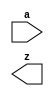
////////////////////////////////////////////////////////////////////////////////
//
//       This confidential and proprietary software may be used only
//     as authorized by a licensing agreement from Synopsys Inc.
//     In the event of publication, the following notice is applicable:
//
//                    (C) COPYRIGHT 2007 - 2018 SYNOPSYS INC.
//                           ALL RIGHTS RESERVED
//
//       The entire notice above must be reproduced on all authorized
//     copies.
//
//
// VERSION:   Verilog Simulation Model - FP to IFP converter
//
// DesignWare_version: f955c276
// DesignWare_release: O-2018.06-DWBB_201806.3
//
////////////////////////////////////////////////////////////////////////////////
//-------------------------------------------------------------------------------
//
// ABSTRACT: Floating-point format to internal format converter
//              parameters      valid values (defined in the DW manual)
//              ==========      ============
//              sig_widthi      significand size,  2 to 253 bits
//              exp_widthi      exponent size,     3 to 31 bits
//              sig_widtho      significand size,  sig_widthi to 253 bits
//              exp_widtho      exponent size,     exp_widthi to 31 bits
//              use_denormal    0 or 1  (default 0)
//              use_1scmpl      0 or 1  (default 0)
//
//              Input ports     Size & Description
//              ===========     ==================
//              a               (sig_widthi + exp_widthi + 1)-bits
//                              Floating-point Number Input
//
//              Output ports    Size & Description
//              ===========     ==================
//              z               (sig_widtho + exp_widtho + 7) bits
//                              Internal Floating-point Number
//
// MODIFIED: 
//          11/2008 - Includes the processing of denormals and NaNs when use_denormal=1
//
//------------------------------------------------------------------------------
module DW_fp_ifp_conv (a, z);
parameter integer sig_widthi=23;
parameter integer exp_widthi=8;  
parameter integer sig_widtho=25;
parameter integer exp_widtho=8;  
parameter integer use_denormal=0;                    
parameter integer use_1scmpl=0;


// declaration of inputs and outputs
input  [sig_widthi+exp_widthi:0] a;
output [sig_widtho+exp_widtho+7-1:0] z;

     // synopsys translate_off

  //-------------------------------------------------------------------------
  // Parameter legality check
  //-------------------------------------------------------------------------
  
 
  initial begin : parameter_check
    integer param_err_flg;

    param_err_flg = 0;
    
  
    if ( (sig_widthi < 2) || (sig_widthi > 253) ) begin
      param_err_flg = 1;
      $display(
	"ERROR: %m :\n  Invalid value (%d) for parameter sig_widthi (legal range: 2 to 253)",
	sig_widthi );
    end
  
    if ( (exp_widthi < 3) || (exp_widthi > 31) ) begin
      param_err_flg = 1;
      $display(
	"ERROR: %m :\n  Invalid value (%d) for parameter exp_widthi (legal range: 3 to 31)",
	exp_widthi );
    end
  
    if ( (sig_widtho < sig_widthi+2) || (sig_widtho > 253) ) begin
      param_err_flg = 1;
      $display(
	"ERROR: %m :\n  Invalid value (%d) for parameter sig_widtho (legal range: sig_widthi+2 to 253)",
	sig_widtho );
    end
  
    if ( (exp_widtho < exp_widthi) || (exp_widtho > 31) ) begin
      param_err_flg = 1;
      $display(
	"ERROR: %m :\n  Invalid value (%d) for parameter exp_widtho (legal range: exp_widthi to 31)",
	exp_widtho );
    end
  
    if ( (use_denormal < 0) || (use_denormal > 1) ) begin
      param_err_flg = 1;
      $display(
	"ERROR: %m :\n  Invalid value (%d) for parameter use_denormal (legal range: 0 to 1)",
	use_denormal );
    end
  
    if ( (use_1scmpl < 0) || (use_1scmpl > 1) ) begin
      param_err_flg = 1;
      $display(
	"ERROR: %m :\n  Invalid value (%d) for parameter use_1scmpl (legal range: 0 to 1)",
	use_1scmpl );
    end
  
    if ( param_err_flg == 1) begin
      $display(
        "%m :\n  Simulation aborted due to invalid parameter value(s)");
      $finish;
    end

  end // parameter_check 


reg O01OIO01;
reg [exp_widthi-1:0] OlOOO0O1;
reg [sig_widthi:0] II0l1OO1;
reg [sig_widthi-1:0] O0I1lOlI;
reg [sig_widthi-1:0] l0OIl0Ol;
reg [exp_widthi-1:0] I0l0OO10;
reg [exp_widthi-1:0] l1IOO011;
reg [exp_widthi-1:0] OlIIOOl1;
reg [7-1:0] OO01001O;
reg [sig_widthi+1:0] OI00O001;
reg [sig_widtho-1:0] OO10lO1O;
reg [sig_widtho+exp_widtho+7-1:0] Il0000O1;
reg [exp_widtho-1:0] O0OOIO1l;
reg [sig_widtho-1:0] I1O01O10;
reg [sig_widtho-1:0] OOI00lIl;
`define DW_l0l1100O ((sig_widtho > (sig_widthi+2))?(sig_widtho-sig_widthi-2):0)
`define DW_IO011l0l ((exp_widtho > exp_widthi)?(exp_widtho-exp_widthi):0)

// main process of information
always @(a)
begin
  OlIIOOl1 = ~0;
  l0OIl0Ol = 0;
  I0l0OO10 = 0;
  l1IOO011 = 1;
  OlOOO0O1 = a[sig_widthi+exp_widthi-1:sig_widthi];
  O0I1lOlI = a[sig_widthi-1:0];
  O01OIO01 = a[sig_widthi+exp_widthi];
  OO01001O = 0;
  OO01001O[5     ] = O01OIO01;

  if (use_denormal == 0)
  begin 
  if (OlOOO0O1 == 0) 
    begin
      OO01001O[0] = 1'b1;
      OlOOO0O1 = 0;
      II0l1OO1 = 0;
    end
  else if (OlOOO0O1 == OlIIOOl1)
    begin
      OO01001O[1] = 1'b1;
      OlOOO0O1 = 0;
      II0l1OO1 = 0;
    end
  else
    II0l1OO1 = {1'b1, O0I1lOlI};
  end
  else
  begin 
  if (OlOOO0O1 == 0 && O0I1lOlI == 0) 
    begin
      OO01001O[0] = 1'b1;
      OlOOO0O1 = 0;
      II0l1OO1 = 0;
    end
  else if (OlOOO0O1 == OlIIOOl1 && O0I1lOlI == 0)
    begin
      OO01001O[1] = 1'b1;
      OlOOO0O1 = 0;
      II0l1OO1 = 0;
    end
  else if (OlOOO0O1 == 0 && O0I1lOlI != 0)
    begin
      OlOOO0O1 = 1;
      II0l1OO1 = {1'b0, O0I1lOlI};
    end
  else if (OlOOO0O1 == OlIIOOl1 && O0I1lOlI !== 0)
    begin
      OO01001O[2] = 1'b1;
      OlOOO0O1 = 0;
      II0l1OO1 = 0;
    end
  else
    II0l1OO1 = {1'b1, O0I1lOlI};
  end

  OI00O001 = ({1'b0,II0l1OO1});

  if (sig_widtho > sig_widthi+2) 
    OOI00lIl = {OI00O001,{`DW_l0l1100O{1'b0}}};
  else
    OOI00lIl = OI00O001;

  if (O01OIO01 == 1 && ~(OO01001O[0] | OO01001O[1])) 
    begin
      if (use_1scmpl)
        begin
          OO10lO1O = ~OOI00lIl;
          OO01001O[4     ] = 1'b1;
        end
      else
        OO10lO1O = ~OOI00lIl + 1;
    end
  else if (OO01001O[0] | OO01001O[1])
    OO10lO1O = 0;
  else
    OO10lO1O = OOI00lIl;
  I1O01O10 = OO10lO1O;

  if (exp_widtho > exp_widthi)
    O0OOIO1l = {{`DW_IO011l0l{1'b0}},OlOOO0O1};
  else
    O0OOIO1l = OlOOO0O1;

  Il0000O1 = {OO01001O,O0OOIO1l,I1O01O10};
  
end

assign z = ((^(a ^ a) !== 1'b0)) ? {sig_widtho+exp_widtho+4{1'bx}} : Il0000O1;

`undef DW_l0l1100O
`undef DW_IO011l0l

// synopsys translate_on
endmodule